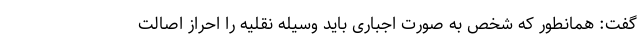
گفت: همانطور که شخص به صورت اجباری باید وسیله نقلیه را احراز اصالت